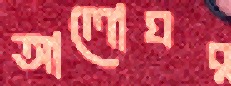
আলোঘর